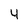
Character: 4